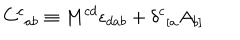
{ C ^ { c } } _ { a b } \equiv M ^ { c d } \epsilon _ { d a b } + { \delta ^ { c } } _ { [ a } A _ { b ] }